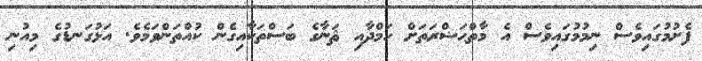
ފެށުމުގައިވެސް ނިމުމުގައިވެސް އެ މާތްޙަޟްރަތަށް ހަމްދާއި ޘަނާގެ ބަސްތަކާއިގެން ކުއްތަންވަމެވެ. އަޅުގަނޑުގެ މިއުނި